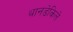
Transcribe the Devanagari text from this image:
थानडेकिले